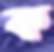
ক